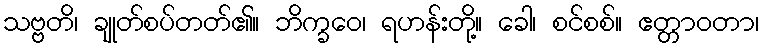
သဗ္ဗတိ၊ ချုတ်စပ်တတ်၏။ ဘိက္ခဝေ၊ ရဟန်းတို့။ ခေါ၊ စင်စစ်။ ဧတ္တာဝတာ၊